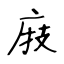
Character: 庪